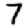
Digit: 7